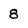
Character: 8